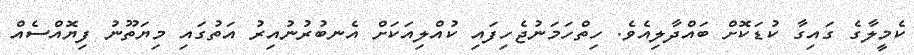
ކެމީލާގެ ގައިގާ ކުޑަކޮށް ބައްދާލިއެވެ. ހިތްހަމަނުޖެހިފައި ކުއްލިއަކަށް އެނބުރުނުއިރު އަތުގައި މިޔަތޫނު ފިޔޮއްސެއް